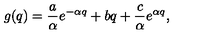
g ( q ) = \frac { a } { \alpha } e ^ { - \alpha q } + b q + \frac { c } { \alpha } e ^ { \alpha q } ,